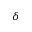
\delta